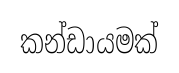
කන්ඩායමක්